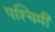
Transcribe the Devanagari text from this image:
पश्‍चिमी